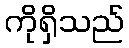
ကိုရှိသည်